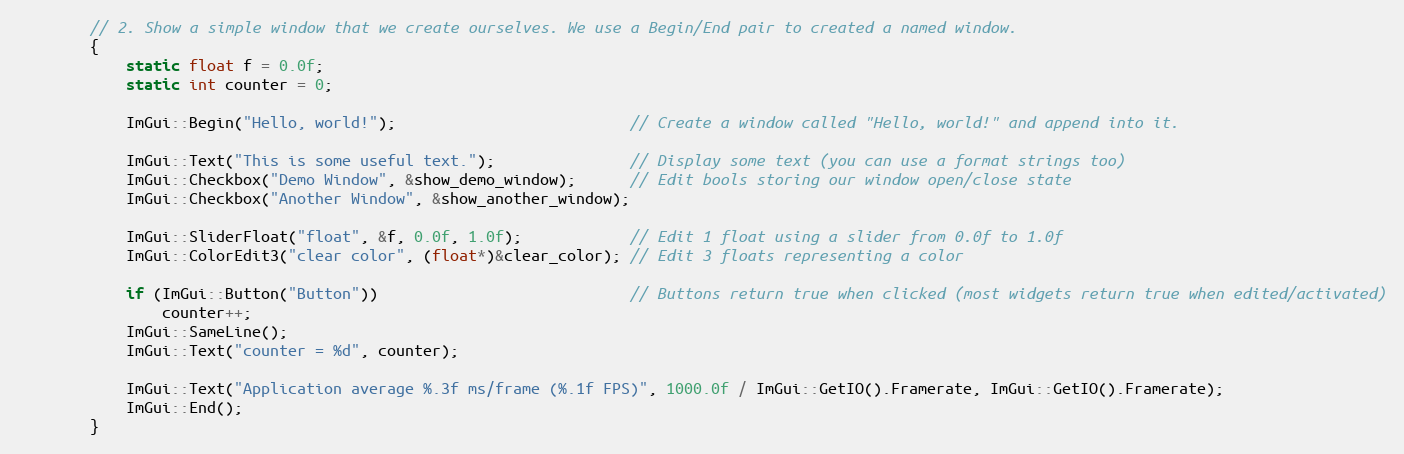
Language: C++
        // 2. Show a simple window that we create ourselves. We use a Begin/End pair to created a named window.
        {
            static float f = 0.0f;
            static int counter = 0;

            ImGui::Begin("Hello, world!");                          // Create a window called "Hello, world!" and append into it.

            ImGui::Text("This is some useful text.");               // Display some text (you can use a format strings too)
            ImGui::Checkbox("Demo Window", &show_demo_window);      // Edit bools storing our window open/close state
            ImGui::Checkbox("Another Window", &show_another_window);

            ImGui::SliderFloat("float", &f, 0.0f, 1.0f);            // Edit 1 float using a slider from 0.0f to 1.0f
            ImGui::ColorEdit3("clear color", (float*)&clear_color); // Edit 3 floats representing a color

            if (ImGui::Button("Button"))                            // Buttons return true when clicked (most widgets return true when edited/activated)
                counter++;
            ImGui::SameLine();
            ImGui::Text("counter = %d", counter);

            ImGui::Text("Application average %.3f ms/frame (%.1f FPS)", 1000.0f / ImGui::GetIO().Framerate, ImGui::GetIO().Framerate);
            ImGui::End();
        }